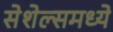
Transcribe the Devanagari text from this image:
सेशेल्समध्ये